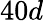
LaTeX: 40d